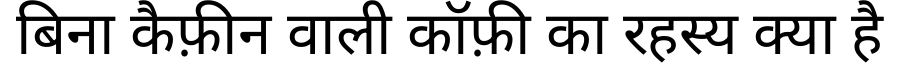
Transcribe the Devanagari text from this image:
बिना कैफ़ीन वाली कॉफ़ी का रहस्य क्या है